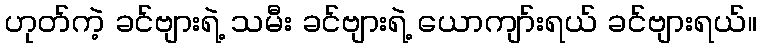
ဟုတ်ကဲ့ ခင်ဗျားရဲ့ သမီး ခင်ဗျားရဲ့ ယောကျာ်းရယ် ခင်ဗျားရယ်။